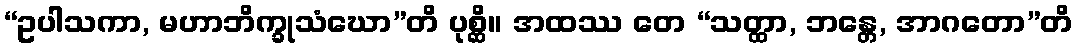
“ဥပါသကာ, မဟာဘိက္ခုသံဃော”တိ ပုစ္ဆိ။ အထဿ တေ “သတ္ထာ, ဘန္တေ, အာဂတော”တိ